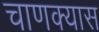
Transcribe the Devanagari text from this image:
चाणक्यास